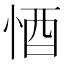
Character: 𱞙